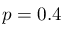
p = 0 . 4